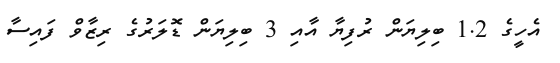
އެހީގެ 1.2 ބިލިޔަން ރުފިޔާ އާއި 3 ބިލިޔަން ޑޮލަރުގެ ރިޒާވް ފައިސާ